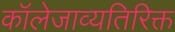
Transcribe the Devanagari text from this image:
कॉलेजाव्यतिरिक्त